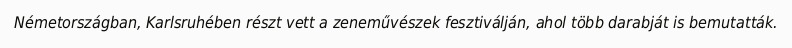
Németországban, Karlsruhében részt vett a zeneművészek fesztiválján, ahol több darabját is bemutatták.